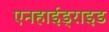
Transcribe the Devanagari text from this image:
एनहाईड्राइड